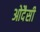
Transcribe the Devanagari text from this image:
ओदैसी